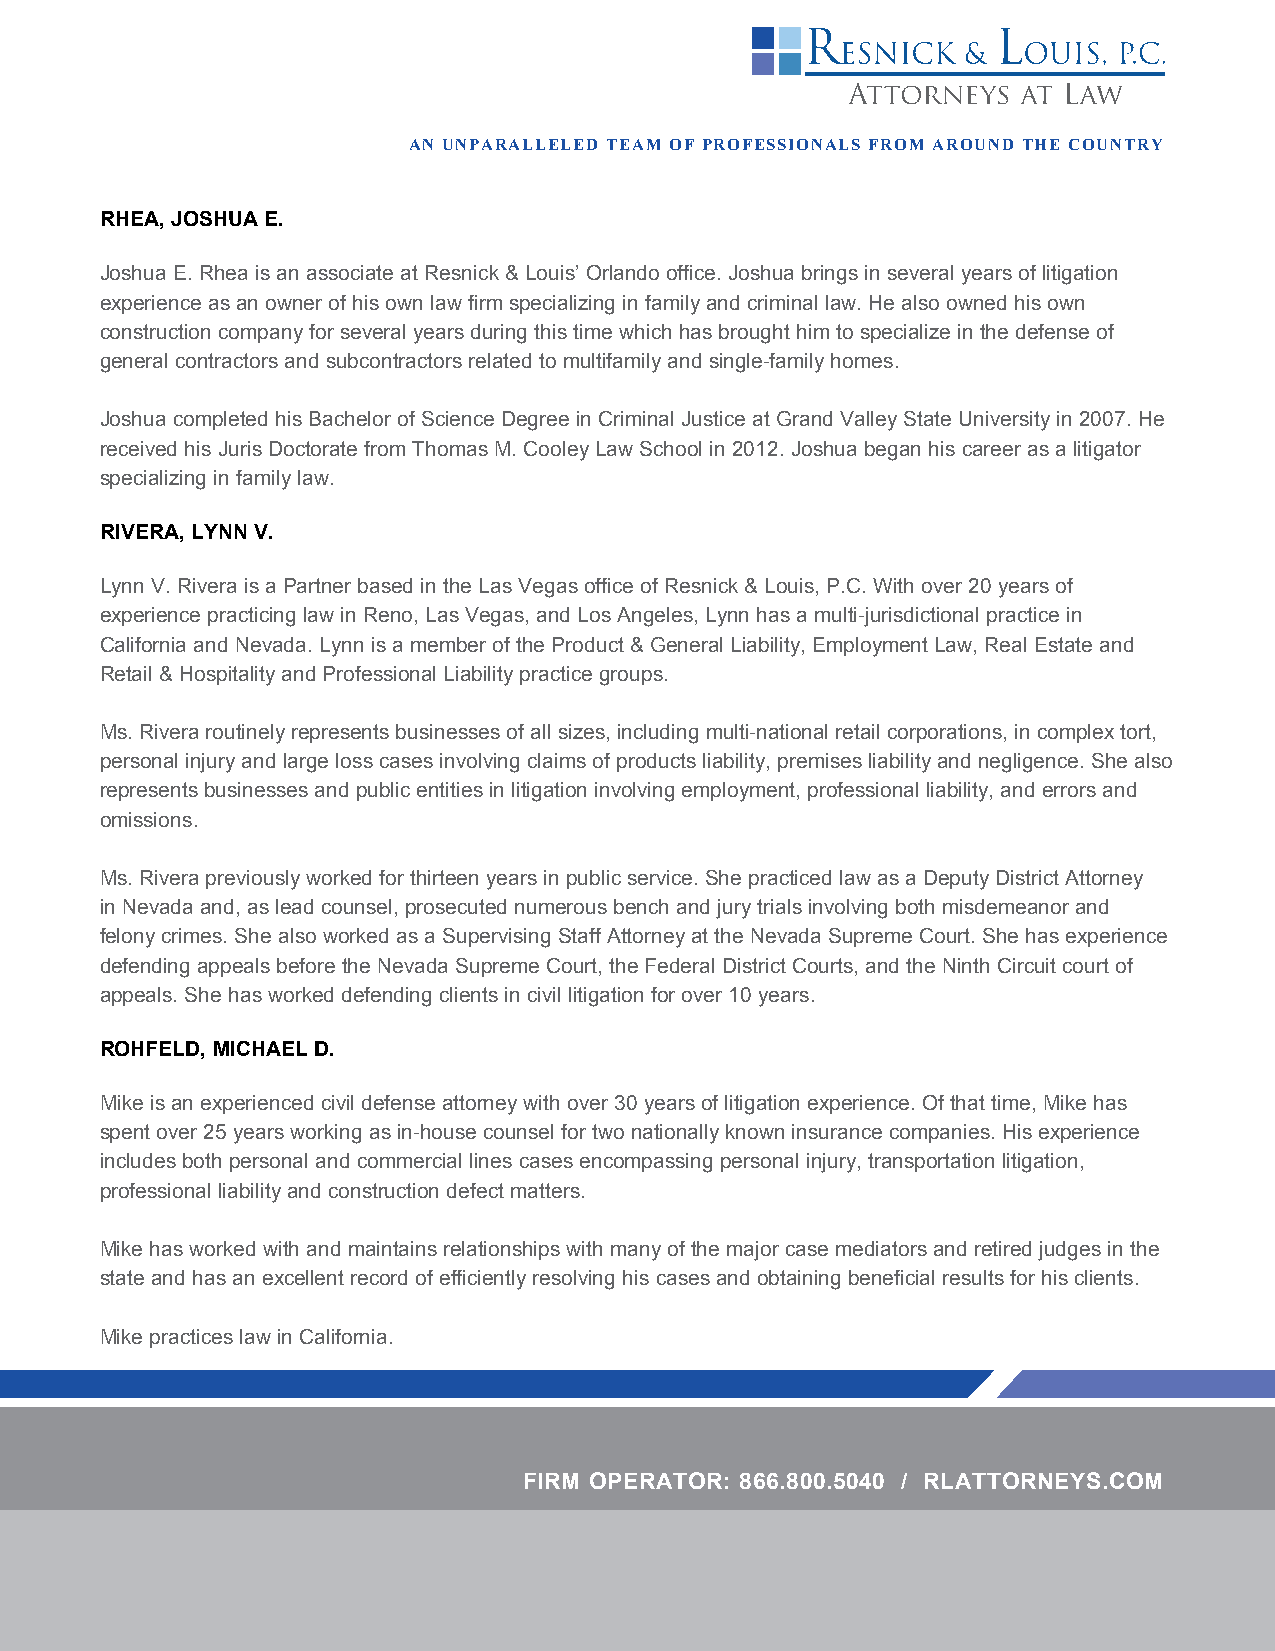
AN UNPARALLELED TEAM OF PROFESSIONALS FROM AROUND THE COUNTRY
 RHEA, JOSHUA E.
 Joshua E. Rhea is an associate at Resnick & Louis’ Orlando office. Joshua brings in several years of litigation
 experience as an owner of his own law firm specializing in family and criminal law. He also owned his own
 construction company for several years during this time which has brought him to specialize in the defense of
 general contractors and subcontractors related to multifamily and single-family homes.
 Joshua completed his Bachelor of Science Degree in Criminal Justice at Grand Valley State University in 2007. He
 received his Juris Doctorate from Thomas M. Cooley Law School in 2012. Joshua began his career as a litigator
 specializing in family law.
 RIVERA, LYNN V.
 Lynn V. Rivera is a Partner based in the Las Vegas office of Resnick & Louis, P.C. With over 20 years of
 experience practicing law in Reno, Las Vegas, and Los Angeles, Lynn has a multi-jurisdictional practice in
 California and Nevada. Lynn is a member of the Product & General Liability, Employment Law, Real Estate and
 Retail & Hospitality and Professional Liability practice groups.
 Ms. Rivera routinely represents businesses of all sizes, including multi-national retail corporations, in complex tort,
 personal injury and large loss cases involving claims of products liability, premises liability and negligence. She also
 represents businesses and public entities in litigation involving employment, professional liability, and errors and
 omissions.
 Ms. Rivera previously worked for thirteen years in public service. She practiced law as a Deputy District Attorney
 in Nevada and, as lead counsel, prosecuted numerous bench and jury trials involving both misdemeanor and
 felony crimes. She also worked as a Supervising Staff Attorney at the Nevada Supreme Court. She has experience
 defending appeals before the Nevada Supreme Court, the Federal District Courts, and the Ninth Circuit court of
 appeals. She has worked defending clients in civil litigation for over 10 years.
 ROHFELD, MICHAEL D.
 Mike is an experienced civil defense attorney with over 30 years of litigation experience. Of that time, Mike has
 spent over 25 years working as in-house counsel for two nationally known insurance companies. His experience
 includes both personal and commercial lines cases encompassing personal injury, transportation litigation,
 professional liability and construction defect matters.
 Mike has worked with and maintains relationships with many of the major case mediators and retired judges in the
 state and has an excellent record of efficiently resolving his cases and obtaining beneficial results for his clients.
 Mike practices law in California.
 FIRM OPERATOR: 866.800.5040 / RLATTORNEYS.COM